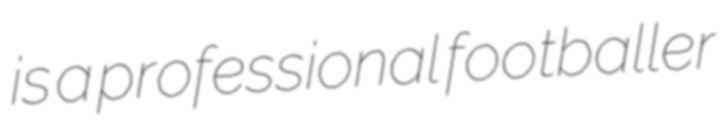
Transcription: is a professional footballer